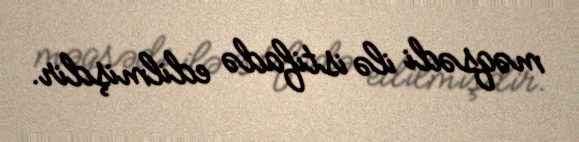
məqsədi ilə istifadə edilmişdir.